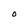
Character: O